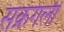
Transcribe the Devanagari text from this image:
सक्रगली